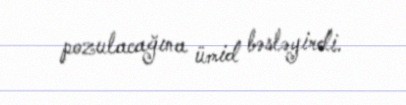
pozulacağına ümid bəsləyirdi.